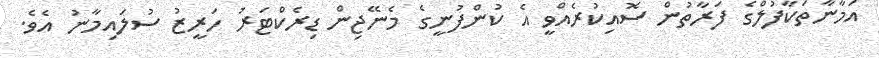
އަމާނާތަކާފުލްގެ ފަރާތުން ސޮއިކުރެއްވީ އެ ކުންފުނީގެ މެނޭޖިން ޑިރެކްޓަރު ހަރީޒު ސުލައިމާނު އެވެ.